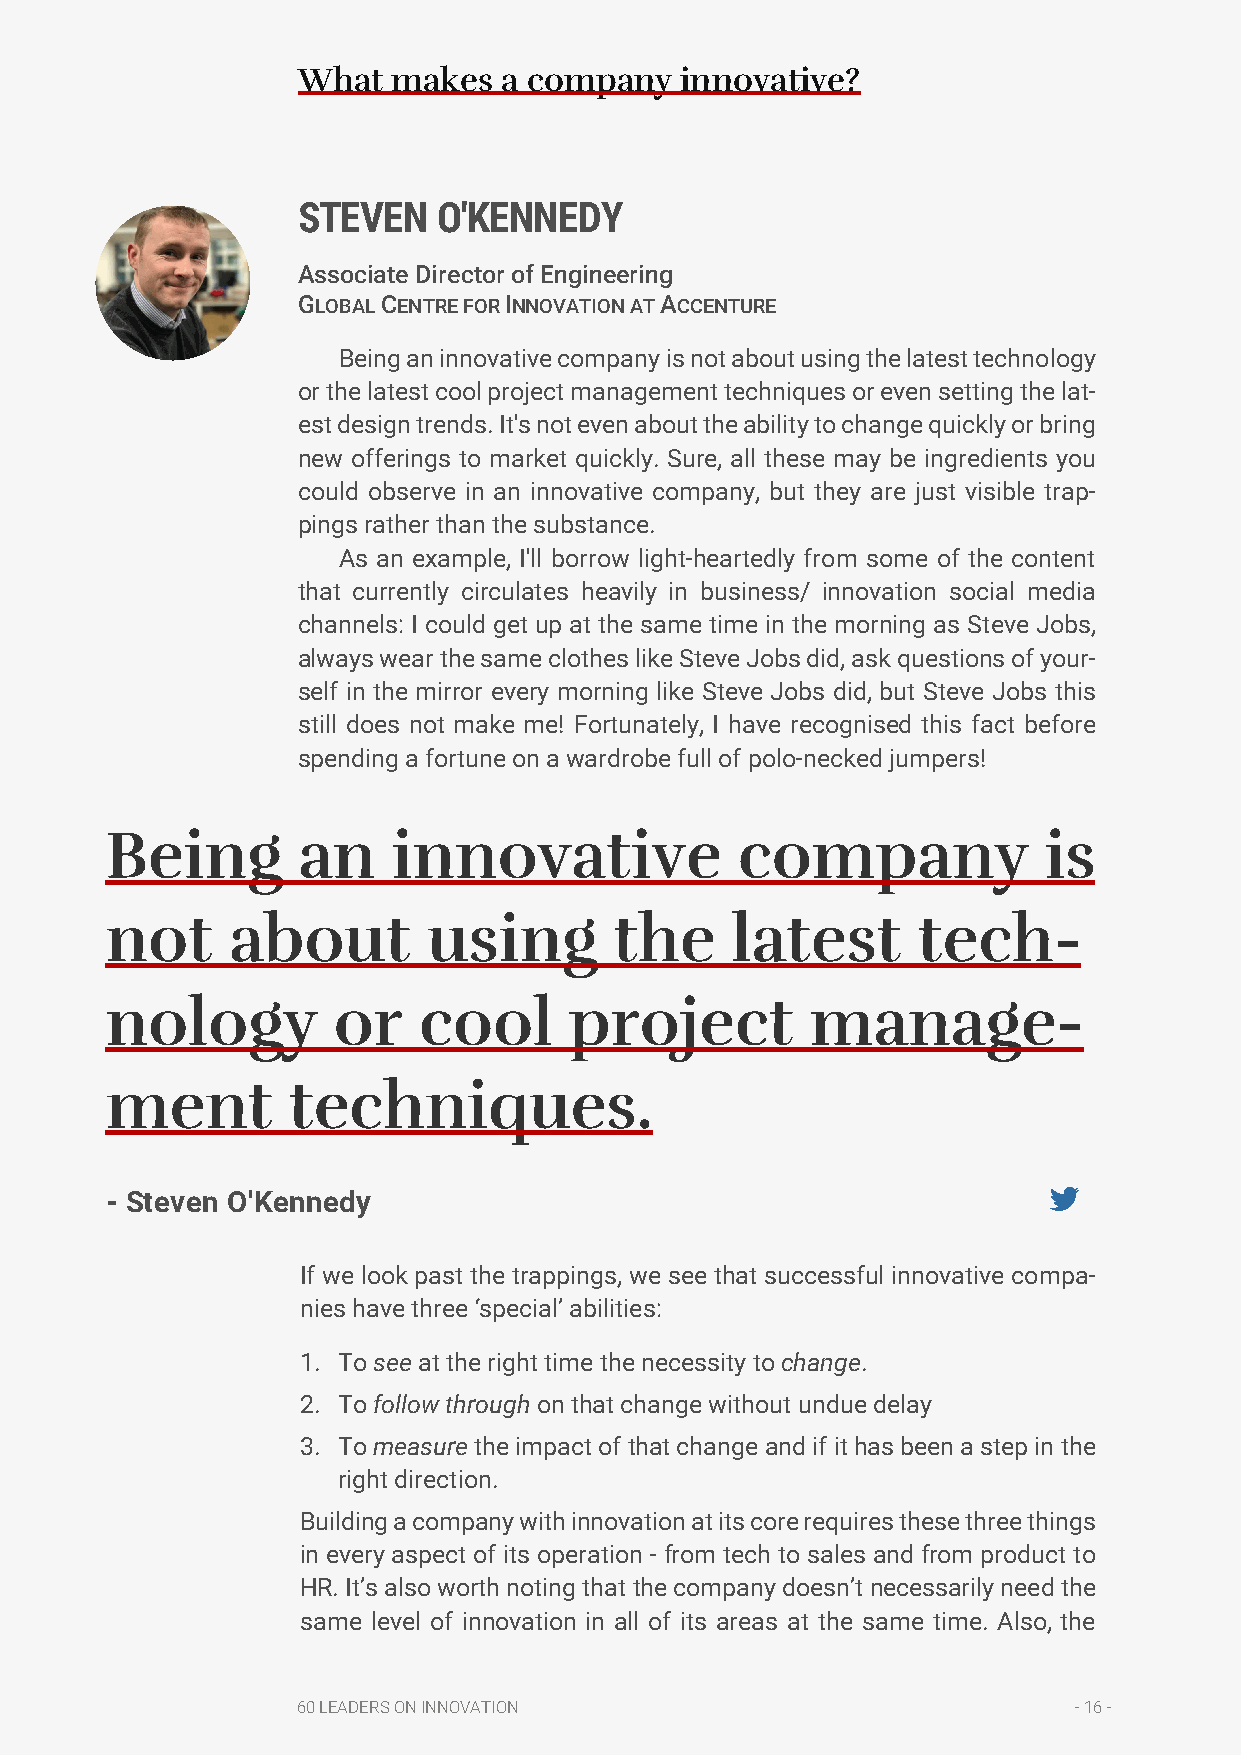
What  makes  a company   innovative?
 STEVEN   O'KENNEDY
 Associate Director of Engineering
 GLOBAL CENTRE FOR INNOVATION AT ACCENTURE
 Being an innovative company is not about using the latest technology
 or the latest cool project management techniques or even setting the lat-
 est design trends. It's not even about the ability to change quickly or bring
 new offerings to market quickly. Sure, all these may be ingredients you
 could observe in an innovative company, but they are just visible trap-
 pings rather than the substance.
 As an example, I'll borrow light-heartedly from some of the content
 that currently circulates heavily in business/ innovation social media
 channels: I could get up at the same time in the morning as Steve Jobs,
 always wear the same clothes like Steve Jobs did, ask questions of your-
 self in the mirror every morning like Steve Jobs did, but Steve Jobs this
 still does not make me! Fortunately, I have recognised this fact before
 spending a fortune on a wardrobe full of polo-necked jumpers!
 Being        an    innovative             company             is
 not     about        using        the    latest       tech-
 nology         or    cool      project         manage-
 ment        techniques.
 - Steven O'Kennedy
 If we look past the trappings, we see that successful innovative compa-
 nies have three ‘special’ abilities:
 1. To see at the right time the necessity to change.
 2. To follow through on that change without undue delay
 3. To measure the impact of that change and if it has been a step in the
 right direction.
 Building a company with innovation at its core requires these three things
 in every aspect of its operation - from tech to sales and from product to
 HR. It’s also worth noting that the company doesn’t necessarily need the
 same level of innovation in all of its areas at the same time. Also, the
 60 LEADERS ON INNOVATION                           - 16 -